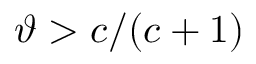
\vartheta > c / ( c + 1 )